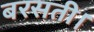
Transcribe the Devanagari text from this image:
बरसती।